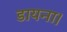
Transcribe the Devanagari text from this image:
डायना।